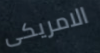
الامريكى